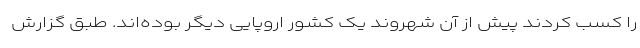
را کسب کردند پیش از آن شهروند یک کشور اروپایی دیگر بوده‌اند. طبق گزارش